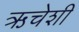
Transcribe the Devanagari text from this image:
ऋचेशी